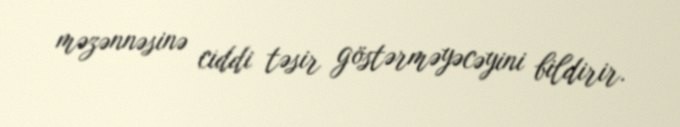
məzənnəsinə ciddi təsir göstərməyəcəyini bildirir.